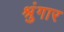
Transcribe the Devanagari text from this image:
श्रुंगार